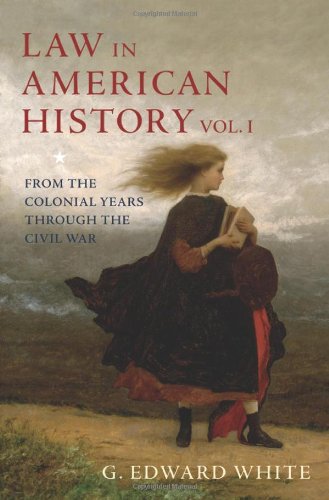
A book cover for Law in American History: Volume 1: From the Colonial Years Through the Civil War; G. Edward White; Law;